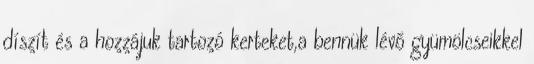
díszít és a hozzájuk tartozó kerteket,a bennük lévő gyümölcseikkel